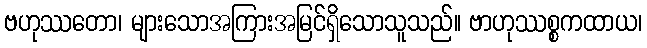
ဗဟုဿတော၊ များသောအကြားအမြင်ရှိသောသူသည်။ ဗာဟုဿစ္စကထာယ၊